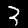
Digit: 3